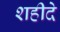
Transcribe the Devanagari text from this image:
शहीदे